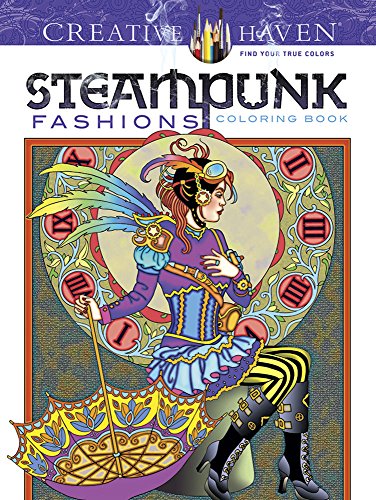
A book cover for Creative Haven Steampunk Fashions Coloring Book (Creative Haven Coloring Books); Marty Noble; Crafts, Hobbies & Home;